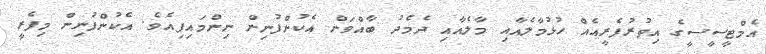
އެމްޓީސީސީގެ އިތުރުފެރީއެއް ހުޅުމާލެއާއި މާލެއާއި ދެމެދު ބާއްވަން އެކުންފުނިން ނިންމައިފިއެވެ. އެކުންފުނިން މިފެރީ